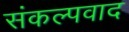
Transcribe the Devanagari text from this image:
संकल्पवाद